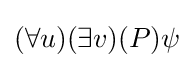
(\forall u)(\exists v)(P)\psi